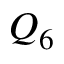
Q _ { 6 }